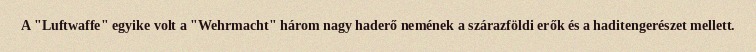
A "Luftwaffe" egyike volt a "Wehrmacht" három nagy haderő nemének a szárazföldi erők és a haditengerészet mellett.